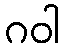
ဂဝါ